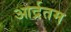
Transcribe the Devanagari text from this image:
आर्द्रतम